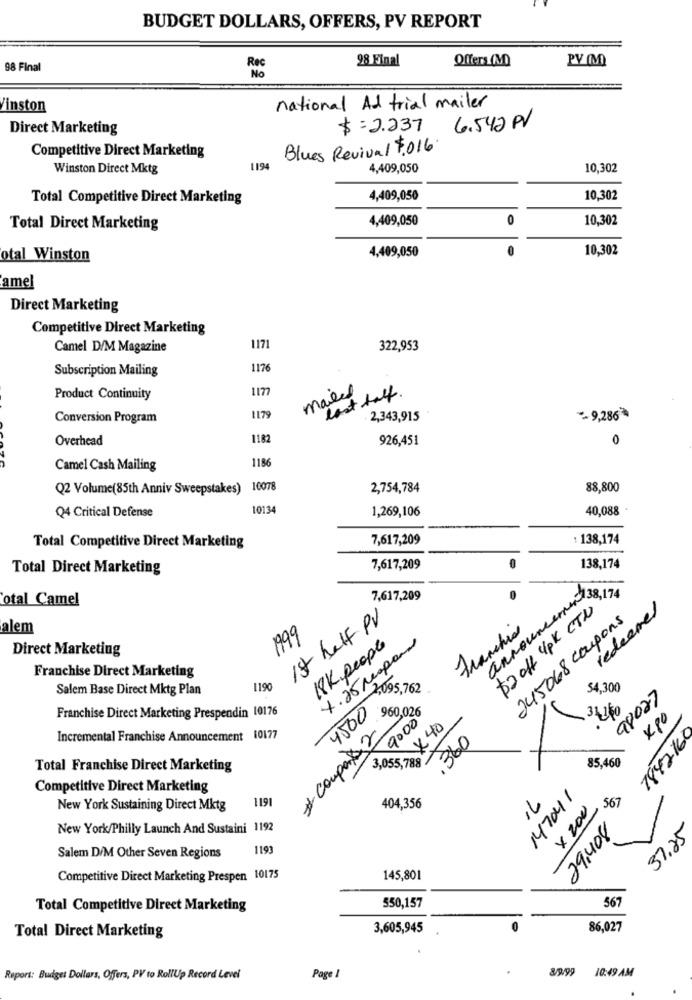
BUDGET DOLLARS, OFFERS, PV REPORT
98 Final
Offers(M)
PV MM
98 Final
No
Vinston
national Ad trial mailer
Direct Marketing
$ =2.237
6.542 PV
Competitive Direct Marketing
Blues Revival $.016.
Winston Direct Mktg
1194
4,409,050
10,302
Total Competitive Direct Marketing
4,409,050
10,302
4,409,050
0
10,302
Total Direct Marketing
0
10,302
otal Winston
4,409,050
amel
Direct Marketing
Competitive Direct Marketing
Camel D/M Magazine
1171
322,953
Subscription Mailing
1176
1177
mails
last half.
Product Continuity
Conversion Program
1179
2,343,915
-- 9,286
Overhead
1182
926,451
0
1186
Camel Cash Mailing
Q2 Volume(85th Anniv Sweepstakes) 10078
2,754,784
88,800
Q4 Critical Defense
10134
1,269,106
40,088
7,617,209
: 138,174
Total Competitive Direct Marketing
Total Direct Marketing
7,617,209
138,174
announcernur 38,171
otal Camel
7,617,209
$2 off 4pk CTN
redeemes
1st half PV
245068 coupons
alem
Franchis
1999
4.25 respons
Direct Marketing
18Kpeople
Franchise Direct Marketing
Salem Base Direct Mktg Plan
1190
2,095.762
54.30€
98027
4500
960,026
34,160
Franchise Direct Marketing Prespendin 10176
9000
xp0
* Compass2
× 40
7842160
Incremental Franchise Announcement 10177
,360
3,055,789
85.460
Total Franchise Direct Marketing
Competitive Direct Marketing
147041
1191
567
New York Sustaining Direct Mktg
404,356
x 200
New York/Philly Launch And Sustaini 1192
29,408
37.25
Salem D/M Other Seven Regions
1193
Competitive Direct Marketing Prespen 10175
145,801
567
Total Competitive Direct Marketing
550,157
Total Direct Marketing
3,605,945
86,027
8/9.99
10:49 AM
Report: Budget Dollars, Offers, PV to RollUp Record Levei
Page 1